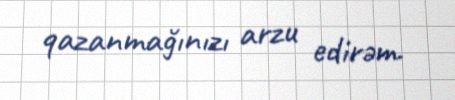
qazanmağınızı arzu edirəm.